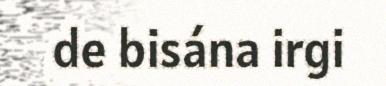
de bisána irgi